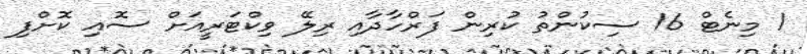
1 މިނެޓް 16 ސިކުންތު ކުރިން ފަރްހާދާއި ރިލޭ ވިކްޓަރީއަށް ސޮއި ކޮށްފި